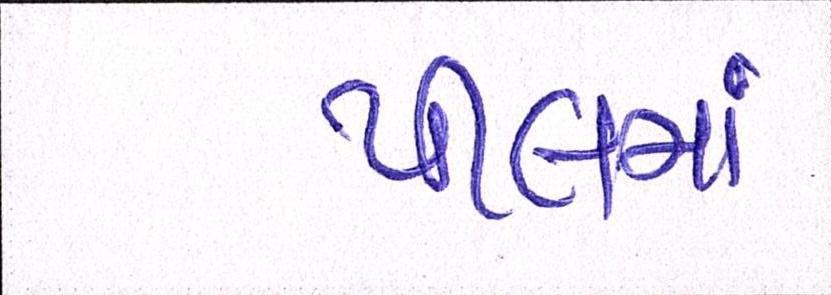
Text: પીલમાં